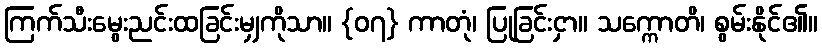
ကြက်သီးမွေးညင်းထခြင်းမျှကိုသာ။ {၀၇} ကာတုံ၊ ပြုခြင်းငှာ။ သက္ကောတိ၊ စွမ်းနိုင်၏။